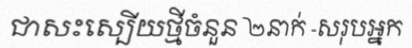
ជាសះស្បើយថ្មីចំនួន ២នាក់ -សរុបអ្នក